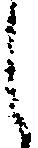
し